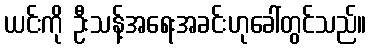
ယင်းကို ဦးသန့်အရေးအခင်းဟုခေါ်တွင်သည်။